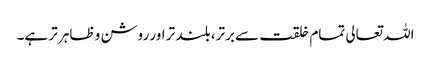
اللہ تعالی تمام خلقت سے برتر، بلند تر اور روشن و ظاہر تر ہے۔